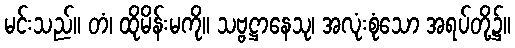
မင်းသည်။ တံ၊ ထိုမိန်းမကို။ သဗ္ဗဋ္ဌာနေသု၊ အလုံးစုံသော အရပ်တို့၌။